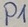
Text: P1